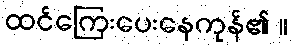
ထင်ကြေးပေးနေကုန်၏ ။